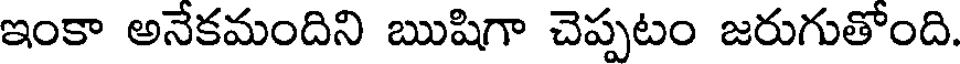
ఇంకా అనేకమందిని ఋషిగా చెప్పటం జరుగుతోంది.